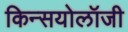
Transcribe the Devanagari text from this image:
किन्सयोलॉजी